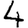
Digit: 4